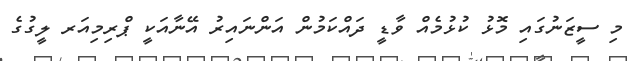
މި ސީޒަނުގައި މޮޅު ކުޅުމެއް ވާޑީ ދައްކަމުން އަންނައިރު އޭނާއަކީ ޕްރިމިއަރ ލީގުގެ